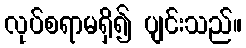
လုပ်စရာမရှိ၍ ပျင်းသည်။